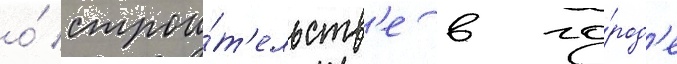
о́ строи́т'ельств'е в го́род'е